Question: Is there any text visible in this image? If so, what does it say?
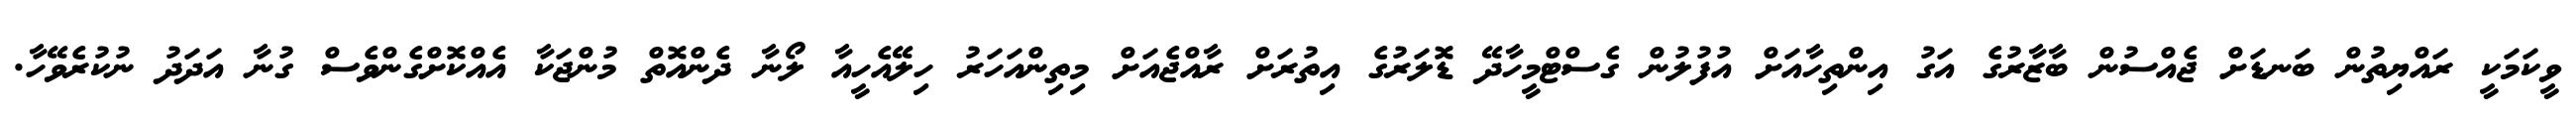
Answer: ވީކަމަކީ ރައްޔިތުން ބަނޑަށް ޖެއްސުން ބާޒާރުގެ އަގު އިންތިހާއަށް އުފުލުން ގެސްޓްމީހާދޭ ޑޮލަރުގެ އިތުރަށް ރާއްޖެއަށް މިތިންއަހަރު ހިލޭއެހީއާ ލޯނާ ދެންއޮތް މުންޖަކާ އެއްކޮށްގެންވެސް ގުނާ އަދަދު ނުކުރެވޭހާ.